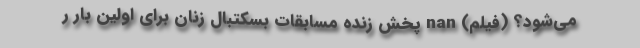
می‌شود؟ (فیلم) nan پخش زنده مسابقات بسکتبال زنان برای اولین بار ر